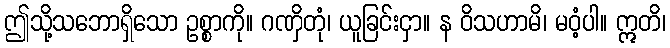
ဤသို့သဘောရှိသော ဥစ္စာကို။ ဂဏှိတုံ၊ ယူခြင်းငှာ။ န ဝိသဟာမိ၊ မဝံ့ပါ။ ဣတိ၊